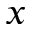
x